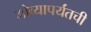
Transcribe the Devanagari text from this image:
गोव्यापर्यंतची